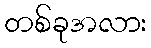
တစ်ခုအလား